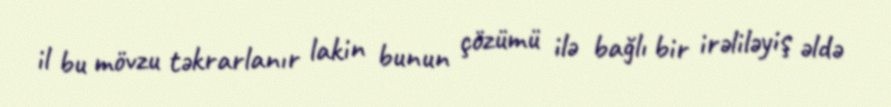
il bu mövzu təkrarlanır lakin bunun çözümü ilə bağlı bir irəliləyiş əldə